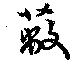
蔽